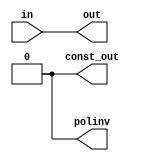
// ***************************************************************************
// ***************************************************************************
// Copyright 2014 - 2017 (c) Analog Devices, Inc. All rights reserved.
//
// In this HDL repository, there are many different and unique modules, consisting
// of various HDL (Verilog or VHDL) components. The individual modules are
// developed independently, and may be accompanied by separate and unique license
// terms.
//
// The user should read each of these license terms, and understand the
// freedoms and responsibilities that he or she has by using this source/core.
//
// This core is distributed in the hope that it will be useful, but WITHOUT ANY
// WARRANTY; without even the implied warranty of MERCHANTABILITY or FITNESS FOR
// A PARTICULAR PURPOSE.
//
// Redistribution and use of source or resulting binaries, with or without modification
// of this file, are permitted under one of the following two license terms:
//
//   1. The GNU General Public License version 2 as published by the
//      Free Software Foundation, which can be found in the top level directory
//      of this repository (LICENSE_GPL2), and also online at:
//      <https://www.gnu.org/licenses/old-licenses/gpl-2.0.html>
//
// OR
//
//   2. An ADI specific BSD license, which can be found in the top level directory
//      of this repository (LICENSE_ADIBSD), and also on-line at:
//      https://github.com/analogdevicesinc/hdl/blob/master/LICENSE_ADIBSD
//      This will allow to generate bit files and not release the source code,
//      as long as it attaches to an ADI device.
//
// ***************************************************************************
// ***************************************************************************

`timescale 1ns/100ps

module jesd204_glue #(
  parameter WIDTH = 20,
  parameter CONST_WIDTH = 1,
  parameter NUM_OF_LANES = 1,
  parameter LANE_INVERT = 0
) (
  input [WIDTH-1:0] in,
  output [WIDTH-1:0] out,
  output [CONST_WIDTH-1:0] const_out,
  output [NUM_OF_LANES-1:0] polinv
);

/* There really should be a standard component in Qsys that allows to do this */

assign out = in;
assign const_out = {CONST_WIDTH{1'b0}};
assign polinv = LANE_INVERT[NUM_OF_LANES-1:0];

endmodule